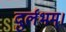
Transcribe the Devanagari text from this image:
दुर्लभम्।